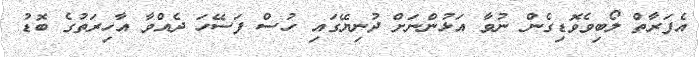
އެފަރާތް ލޯބިވެވޮޑިގެން ނުވާ އަޅުންނަށް ދުނިޔޭގައި ހުސް ފަސޭހަ ދެއްވާ އާހިރަތުގެ ބޮޑު